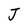
Character: J